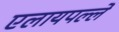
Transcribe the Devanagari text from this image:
एलायपल्ले